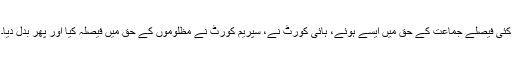
کئی فیصلے جماعت کے حق میں ایسے ہوئے، ہائی کورٹ نے، سپریم کورٹ نے مظلوموں کے حق میں فیصلہ کیا اور پھر بدل دیا۔